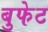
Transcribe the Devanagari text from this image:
बुफेट